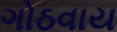
ગોઠવાય